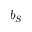
b _ { S }